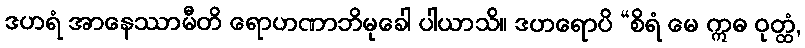
ဒဟရံ အာနေဿာမီတိ ရောဟဏာဘိမုခေါ ပါယာသိ။ ဒဟရောပိ “စိရံ မေ ဣဓ ဝုတ္ထံ,